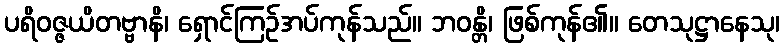
ပရိဝဇ္ဇယိတဗ္ဗာနိ၊ ရှောင်ကြဉ်အပ်ကုန်သည်။ ဘဝန္တိ၊ ဖြစ်ကုန်၏။ တေသုဋ္ဌာနေသု၊